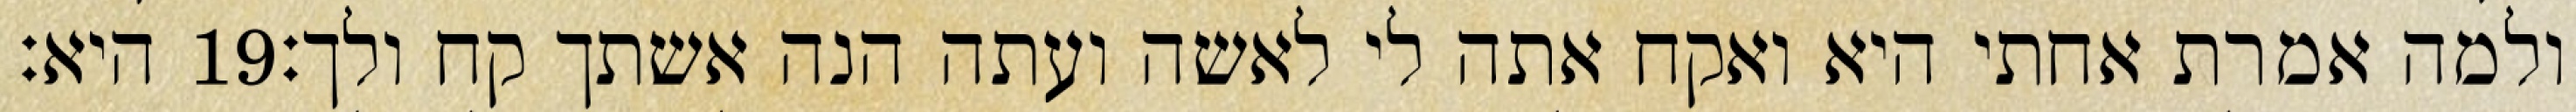
היא׃ ‎19‏ ולמה אמרת אחתי היא ואקח אתה לי לאשה ועתה הנה אשתך קח ולך׃